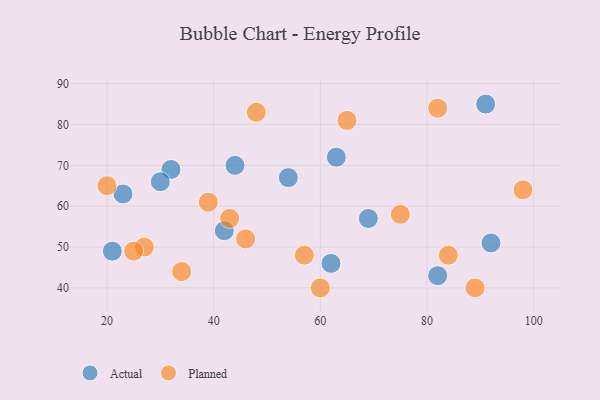
{"axis": {"x": "GDP", "y": "Life Expectancy"}, "legend": ["Actual", "Planned"], "data": [{"x": "54", "y": 67, "type": "Actual"}, {"x": "69", "y": 57, "type": "Actual"}, {"x": "82", "y": 43, "type": "Actual"}, {"x": "44", "y": 70, "type": "Actual"}, {"x": "21", "y": 49, "type": "Actual"}, {"x": "91", "y": 85, "type": "Actual"}, {"x": "62", "y": 46, "type": "Actual"}, {"x": "32", "y": 69, "type": "Actual"}, {"x": "42", "y": 54, "type": "Actual"}, {"x": "92", "y": 51, "type": "Actual"}, {"x": "23", "y": 63, "type": "Actual"}, {"x": "63", "y": 72, "type": "Actual"}, {"x": "30", "y": 66, "type": "Actual"}, {"x": "84", "y": 48, "type": "Planned"}, {"x": "27", "y": 50, "type": "Planned"}, {"x": "98", "y": 64, "type": "Planned"}, {"x": "57", "y": 48, "type": "Planned"}, {"x": "39", "y": 61, "type": "Planned"}, {"x": "43", "y": 57, "type": "Planned"}, {"x": "82", "y": 84, "type": "Planned"}, {"x": "25", "y": 49, "type": "Planned"}, {"x": "20", "y": 65, "type": "Planned"}, {"x": "75", "y": 58, "type": "Planned"}, {"x": "60", "y": 40, "type": "Planned"}, {"x": "46", "y": 52, "type": "Planned"}, {"x": "89", "y": 40, "type": "Planned"}, {"x": "48", "y": 83, "type": "Planned"}, {"x": "65", "y": 81, "type": "Planned"}, {"x": "34", "y": 44, "type": "Planned"}]}